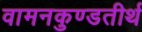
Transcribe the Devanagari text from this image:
वामनकुण्डतीर्थ